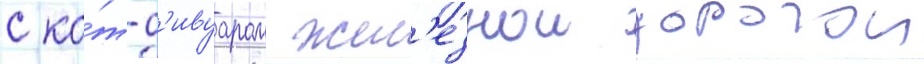
с ко́т-д'ивуаром жел'езнои дорогои